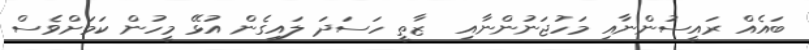
ބައެއް ރައީސުންނާއި މަހުޖަނުންނާއި  ޒާތީ ހަސަދަ ލައިގެން އުޅޭ މީހުން ކަމަށްވެސް